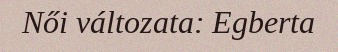
Női változata: Egberta